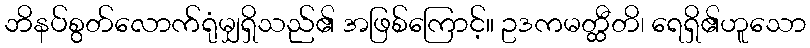
ဘိနပ်စွတ်လောက်ရုံမျှရှိသည်၏ အဖြစ်ကြောင့်။ ဥဒကမတ္ထီတိ၊ ရေရှိ၏ဟူသော